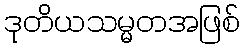
ဒုတိယသမ္မတအဖြစ်